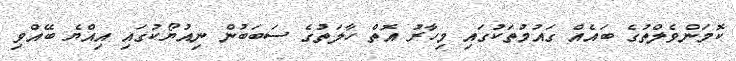
ކޮމަންވެލްތުގެ ބައެއް ގައުމުތަކުގައި މިހާރު އޮތް ހާލަތުގެ ސަބަބުން ނިއުޔޯކުގައި އިއްޔެ ބޭއްވި